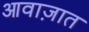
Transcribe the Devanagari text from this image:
आवाज़ात